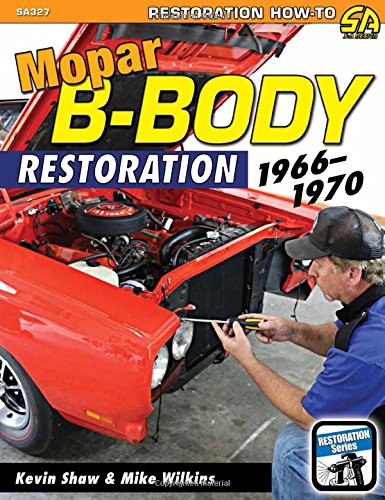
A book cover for Mopar B-Body Restoration: 1966 - 1970; Kevin Shaw; Engineering & Transportation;